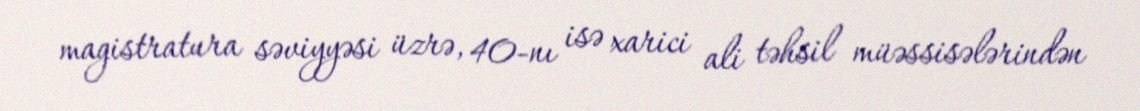
magistratura səviyyəsi üzrə, 40-nı isə xarici ali təhsil müəssisələrindən